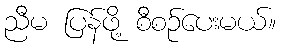
ညီမ ပြန်ဖို့ စီစဉ်ပေးမယ်။